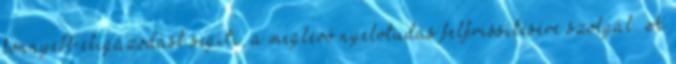
könnyebb eligazodást segíti, a meglévő nyelvtudás felfrissítésére szolgál. A